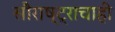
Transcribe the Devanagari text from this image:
सौराष्ट्राचाही